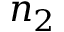
n _ { 2 }